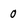
Character: 0